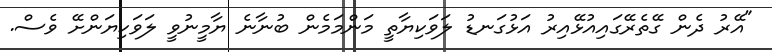
"އޭރު ދެން ގޭތެރޭގައިއުޅޭއިރު އަޅުގަނޑު ލަވަކިޔާތީ މަންމަމެން ބުނާނެ ޔާމީނުވީ ލަވަކިޔަންށޭ ވެސް.